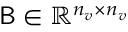
\mathsf { B } \in \mathbb { R } ^ { n _ { v } \times n _ { v } }